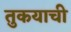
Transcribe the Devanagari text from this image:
तुकयाची